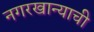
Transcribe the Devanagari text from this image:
नगरखान्याची